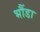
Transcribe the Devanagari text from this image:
भौंडा